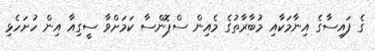
ގެ ފައިސާގެ އިނާމަކާއި މުބާރާތުގެ މެއިން ސްޕޮންސާ ކަމަށްވާ ސީގިއާ އިން ހުށަހެޅި